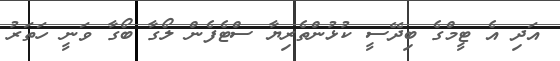
އަދި އެ ޓީމްގެ ބިދޭސީ ކުޅުންތެރިޔާ ސްޓެފެން ލޯގާ ބޯގާ ވަނީ ހަތަރު